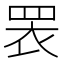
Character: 𭾱